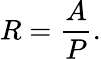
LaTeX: R={\frac{A}{P}}.